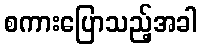
စကားပြောသည့်အခါ